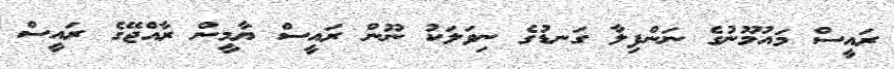
ރައީސް މައުމޫނުގެ ނަންފިލާ ގަނޑުގެ ނިވަލަކު ނޫން ރައީސް ޔާމީން ރާއްޖޭގެ ރައީސް